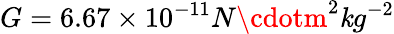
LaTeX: G=6.67\times10^{-11}N\cdotm^{2}\mathit{k}g^{-2}